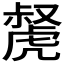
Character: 𧇝